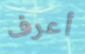
أعرف